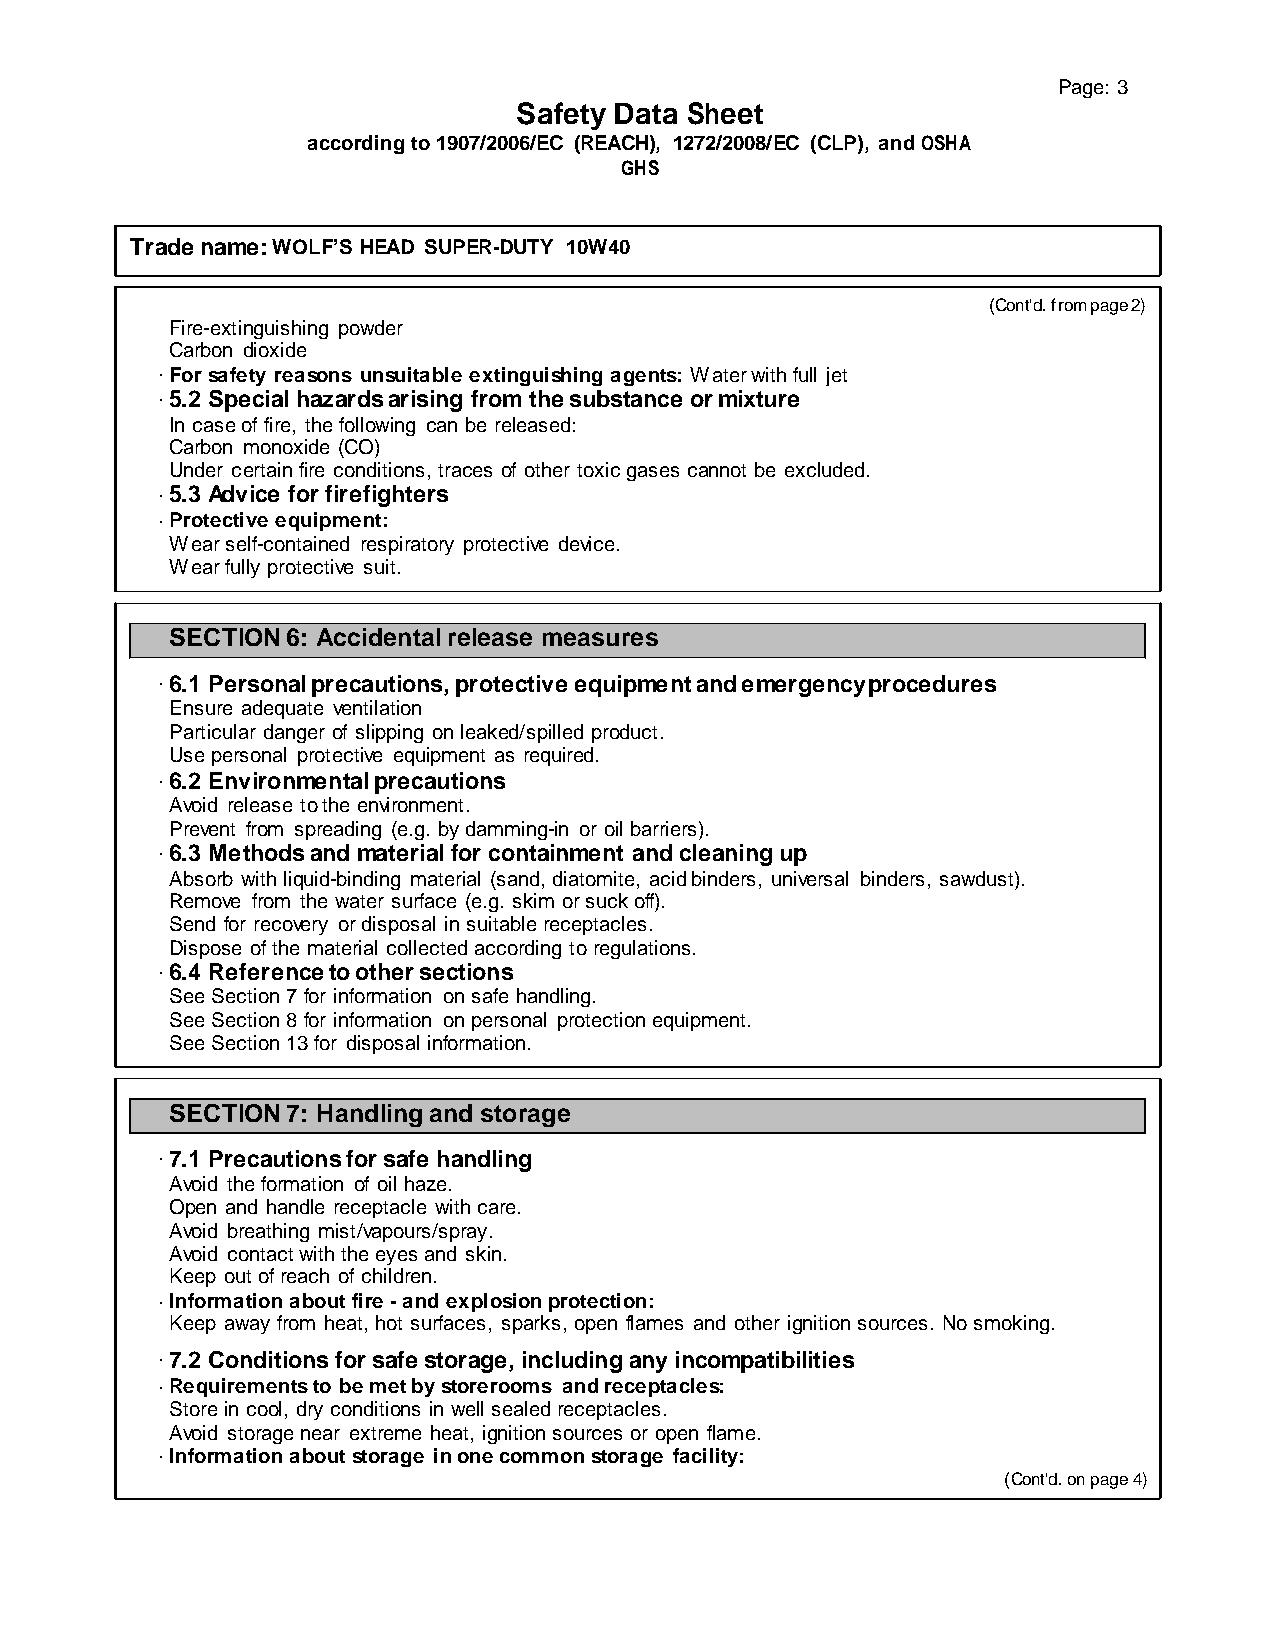
Page: 3
 Safety Data Sheet
 according to 1907/2006/EC (REACH), 1272/2008/EC (CLP), and OSHA
 GHS
 Trade name: WOLF’S HEAD SUPER-DUTY 10W40
 (Cont'd. from page 2)
 Fire-extinguishing powder
 Carbon dioxide
 · For safety reasons unsuitable extinguishing agents: Water with full jet
 · 5.2 Special hazards arising from the substance or mixture
 In case of fire, the following can be released:
 Carbon monoxide (CO)
 Under certain fire conditions, traces of other toxic gases cannot be excluded.
 · 5.3 Advice for firefighters
 · Protective equipment:
 Wear self-contained respiratory protective device.
 Wear fully protective suit.
 SECTION 6: Accidental release measures
 · 6.1 Personal precautions, protective equipment and emergency procedures
 Ensure adequate ventilation
 Particular danger of slipping on leaked/spilled product.
 Use personal protective equipment as required.
 · 6.2 Environmental precautions
 Avoid release to the environment.
 Prevent from spreading (e.g. by damming-in or oil barriers).
 · 6.3 Methods and material for containment and cleaning up
 Absorb with liquid-binding material (sand, diatomite, acid binders, universal binders, sawdust).
 Remove from the water surface (e.g. skim or suck off).
 Send for recovery or disposal in suitable receptacles.
 Dispose of the material collected according to regulations.
 · 6.4 Reference to other sections
 See Section 7 for information on safe handling.
 See Section 8 for information on personal protection equipment.
 See Section 13 for disposal information.
 SECTION 7: Handling and storage
 · 7.1 Precautions for safe handling
 Avoid the formation of oil haze.
 Open and handle receptacle with care.
 Avoid breathing mist/vapours/spray.
 Avoid contact with the eyes and skin.
 Keep out of reach of children.
 · Information about fire - and explosion protection:
 Keep away from heat, hot surfaces, sparks, open flames and other ignition sources. No smoking.
 · 7.2 Conditions for safe storage, including any incompatibilities
 · Requirements to be met by storerooms and receptacles:
 Store in cool, dry conditions in well sealed receptacles.
 Avoid storage near extreme heat, ignition sources or open flame.
 · Information about storage in one common storage facility:
 (Cont'd. on page 4)